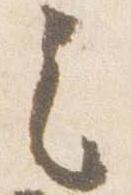
之